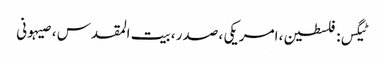
ٹیگس: فلسطین ، امریکی ، صدر ، بیت المقدس ، صیہونی